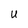
Character: U